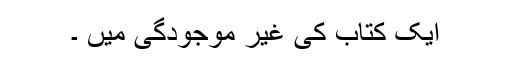
ایک کتاب کی غیر موجودگی میں ۔